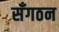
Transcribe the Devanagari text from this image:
सँगठन